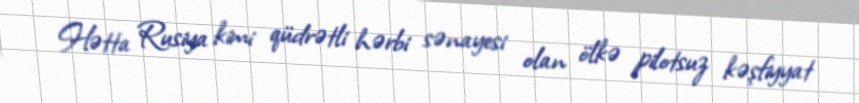
Hətta Rusiya kimi qüdrətli hərbi sənayesi olan ölkə pilotsuz kəşfiyyat